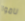
ناموا